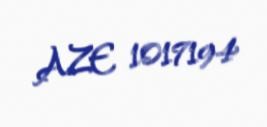
AZE 1017194